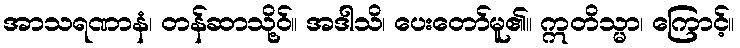
အာသရဏာနံ၊ တန်ဆာသို့ဝ်။ အဒါသိ၊ ပေးတော်မူ၏။ ဣတိသ္မာ၊ ကြောင့်။